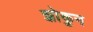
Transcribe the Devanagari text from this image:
झोकुन